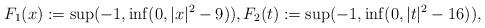
LaTeX: \begin{align*}F_1(x) := \sup (-1, \inf (0,|x|^2 -9)), F_2(t):= \sup (-1, \inf (0,|t|^2 -16)),\end{align*}